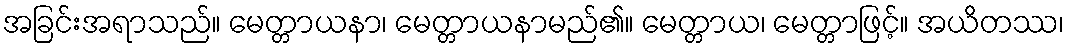
အခြင်းအရာသည်။ မေတ္တာယနာ၊ မေတ္တာယနာမည်၏။ မေတ္တာယ၊ မေတ္တာဖြင့်။ အယိတဿ၊